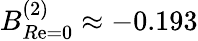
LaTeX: B_{R\mathrm{e}=0}^{(2)}\approx-0.193